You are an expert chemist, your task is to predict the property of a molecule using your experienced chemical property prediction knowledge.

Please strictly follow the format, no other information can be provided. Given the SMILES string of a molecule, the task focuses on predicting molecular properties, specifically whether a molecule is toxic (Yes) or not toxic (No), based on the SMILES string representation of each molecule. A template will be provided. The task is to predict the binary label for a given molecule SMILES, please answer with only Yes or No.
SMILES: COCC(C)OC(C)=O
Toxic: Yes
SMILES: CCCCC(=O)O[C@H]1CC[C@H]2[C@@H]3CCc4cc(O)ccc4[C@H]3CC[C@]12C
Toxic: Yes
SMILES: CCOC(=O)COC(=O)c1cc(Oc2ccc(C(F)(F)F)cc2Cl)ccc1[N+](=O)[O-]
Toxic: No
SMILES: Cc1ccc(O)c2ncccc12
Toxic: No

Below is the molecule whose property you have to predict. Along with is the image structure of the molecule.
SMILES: OC[C@H]1O[C@@H]2O[C@@H]3[C@@H](CO)O[C@H](O[C@@H]4[C@@H](CO)O[C@H](O[C@@H]5[C@@H](CO)O[C@H](O[C@@H]6[C@@H](CO)O[C@H](O[C@@H]7[C@@H](CO)O[C@H](O[C@@H]8[C@@H](CO)O[C@H](O[C@H]1[C@H](O)[C@H]2O)[C@H](O)[C@H]8O)[C@H](O)[C@H]7O)[C@H](O)[C@H]6O)[C@H](O)[C@H]5O)[C@H](O)[C@H]4O)[C@H](O)[C@H]3O
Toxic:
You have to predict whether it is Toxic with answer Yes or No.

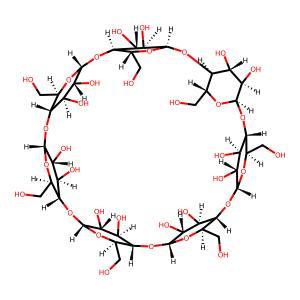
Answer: No